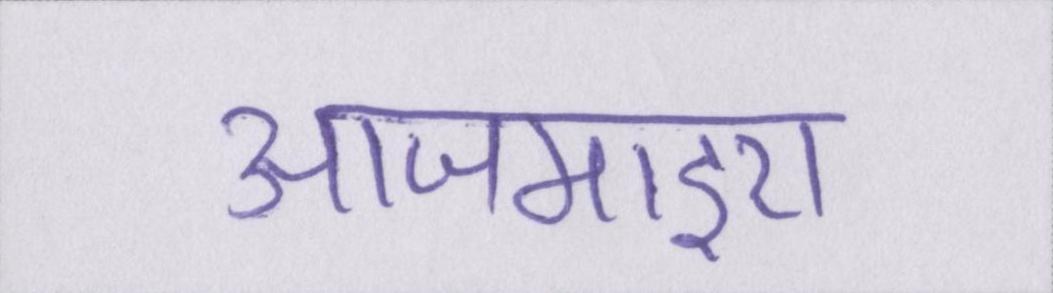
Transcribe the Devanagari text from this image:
आजमाइए